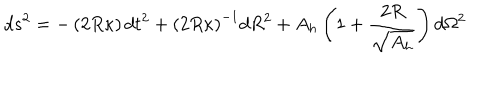
d s ^ { 2 } = - \left( { 2 R \kappa } \right) d t ^ { 2 } + \left( 2 R \kappa \right) ^ { - 1 } d R ^ { 2 } + A _ { h } \left( 1 + { \frac { 2 R } { \sqrt { A _ { h } } } } \right) d \Omega ^ { 2 }